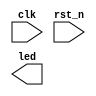
module top 
(
    input       clk     ,
    input       rst_n   ,

    output      led     
);

reg     [7:0]   cnt;
reg     [7:0]   cnt1;
reg     [7:0]   cnt2;

// start
always @( posedge clk )
begin
    if ( !rst_n )
    begin
        cnt <= 8'd0;
    end
    else
    begin
        cnt <=cnt + 8'd1;
    end
end

always @ ( * ) 
begin
    cnt1 <= cnt1 + 8'd1;
end

always @( posedge clk or negedge rst_n )
begin
    if ( !rst_n )
    begin
        cnt2 <= 8'd0;
    end
    else
    begin
        cnt2 <= cnt2 + 8'd1;
    end
end

endmodule